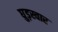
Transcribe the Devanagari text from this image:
घुड़स्वार